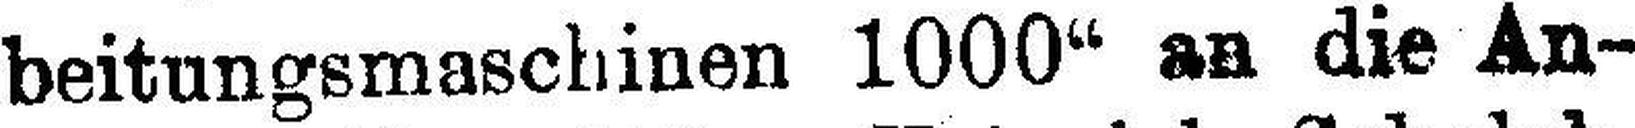
beitungsmaschinen 1000“ an die An¬